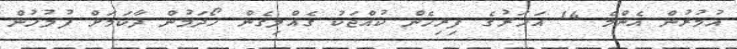
އުމުރުން އެންމެ 14 އަހަރުގެ ފިރިހެން ކުއްޖަކު ގެއްލިގެން ހޯދަމުން ދާކަމަށް ފުލުހުން